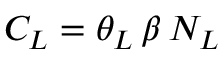
{ { C } _ { L } } = { { \theta } _ { L } } \, \beta \, { { N } _ { L } }